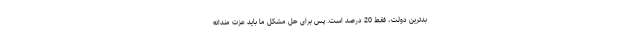
بدترین دولت، فقط 20 درصد است. پس برای حل مشکل ما باید عزت مندانه